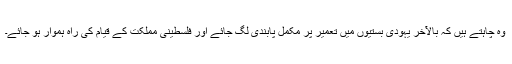
وہ چاہتے ہیں کہ بالآخر یہودی بستیوں میں تعمیر پر مکمل پابندی لگ جائے اور فلسطینی مملکت کے قیام کی راہ ہموار ہو جائے۔